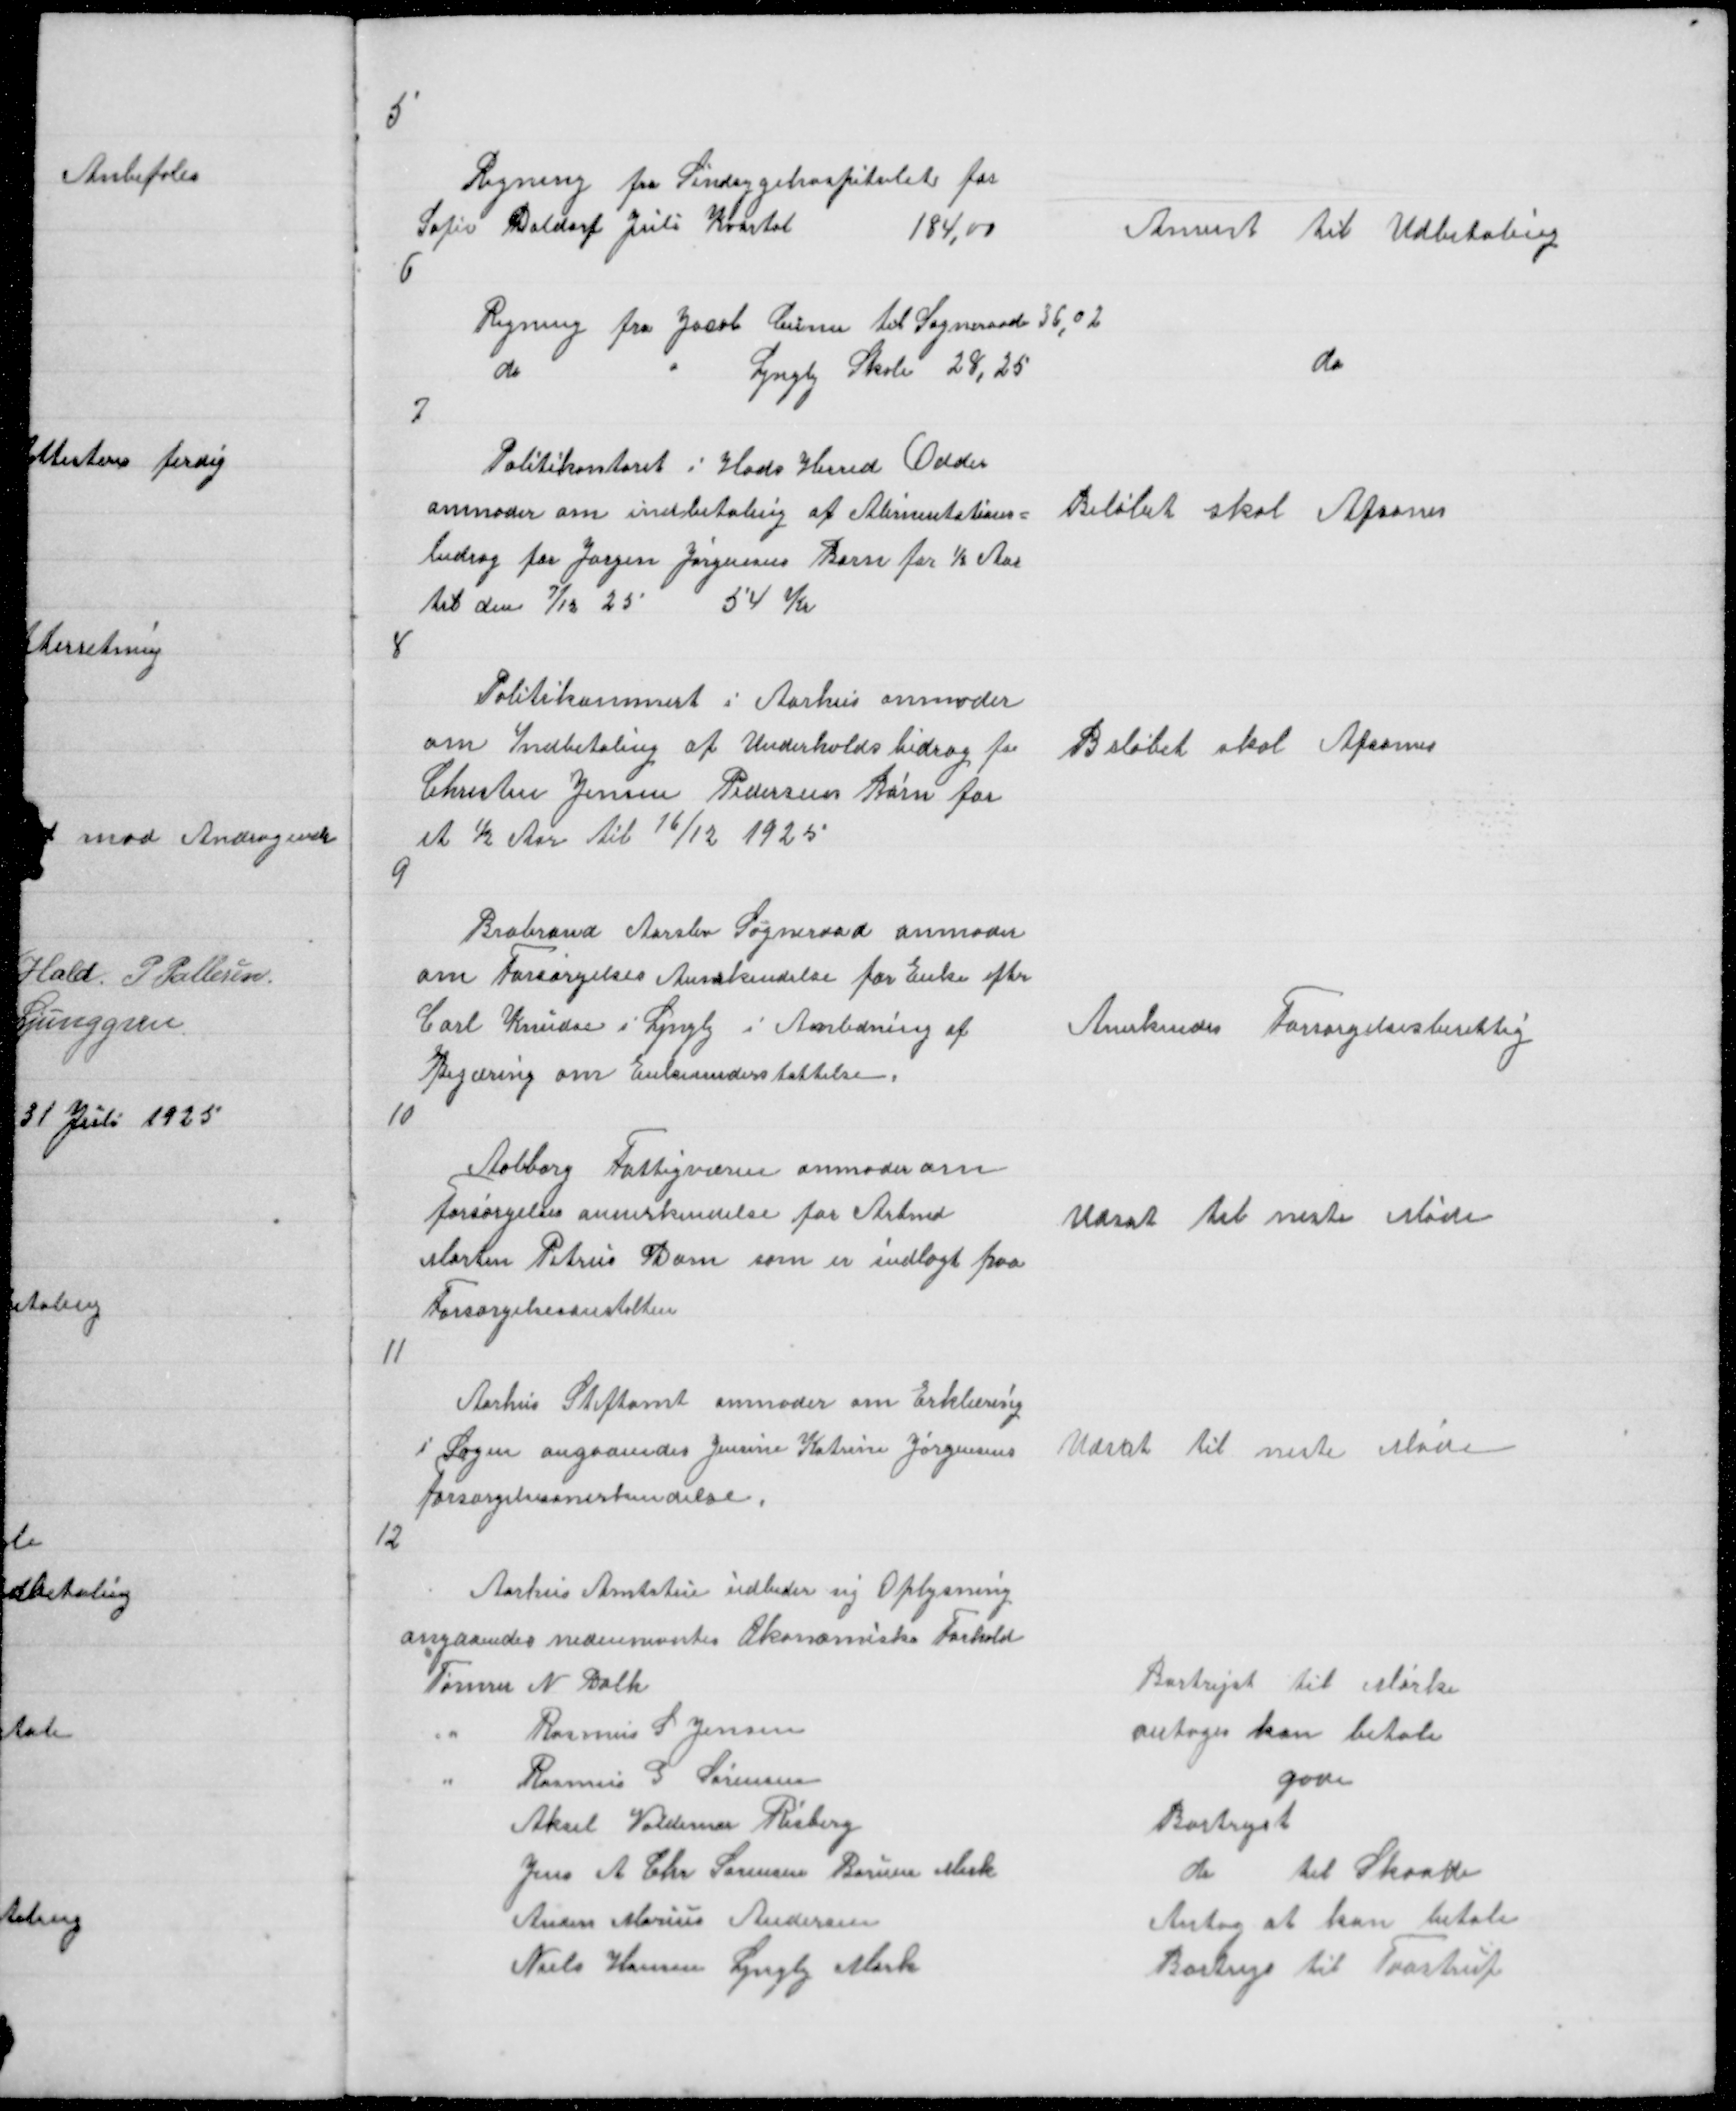
Transskription:
5

Regning fra Sindsygehospitalet for
Sofie Daldorf Juli Kvartal
184,00
6

Anvist til Udbetaling

Regning fra Jacob Ceuner til Sogneraade 36,02
do
"
Lyngby Skole 28,25

do

7

Politikontoret i Hads Herred Odder
anmoder om indbetaling af Alimentations =
bidrag for Jørgen Jørgensens Barn for ½ Aar
til den 7/12 25
54 Kr

Beløbet skal Afsones

8

Politikammert i Aarhus anmoder
om Indbetaling af Underholdsbidrag for
Christen Jensen Pedersens Børn for
et ½ Aar til 16/12 1925

Beløbet skal Afsones

9

Brabrand Aarslev Sogneraad anmoder
om Forsørgelses Anerkendelse for Enke efter
Carl Knudse i Lyngby i Anledning af
Begæring om Enkeunderstøttelse
10

Anerkendes Forsørgelsesberettig

Aalborg Fattigvæsen anmoder om
Forsørgelses annerkendelse for Arbmd
Morten Petrus Dam som er Indlagt paa
Forsørgelsesanstalten

Udsat til neste Møde

11

Aarhus Stiftamt anmoder om Erklæring
i Sagen angaaendes Jensine Katrine Jørgensens
forsørgelsesanerkendelse

Udsat til neste Møde

12

Aarhus Amtstue udbeder sig Oplysning
angaaendes nedennævntes Økonomiske Forhold
Tømrer N Dahl
"
Rasmus S Jensen
"
Rasmus G Sørensen
Aksel Valdemar Risberg
Jens A Chr Sørensen Borum Mark
Anders Marius Andersen
Niels Hansen Lyngby Mark

Bortrejst til Mørke
antages kan betale
gode
Bortrejst
do til Skaade
Antag at kan betale
Bortrejs til Trastrup